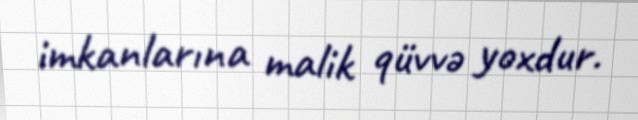
imkanlarına malik qüvvə yoxdur.